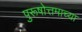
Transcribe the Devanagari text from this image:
पुरूषोत्तमाच्या